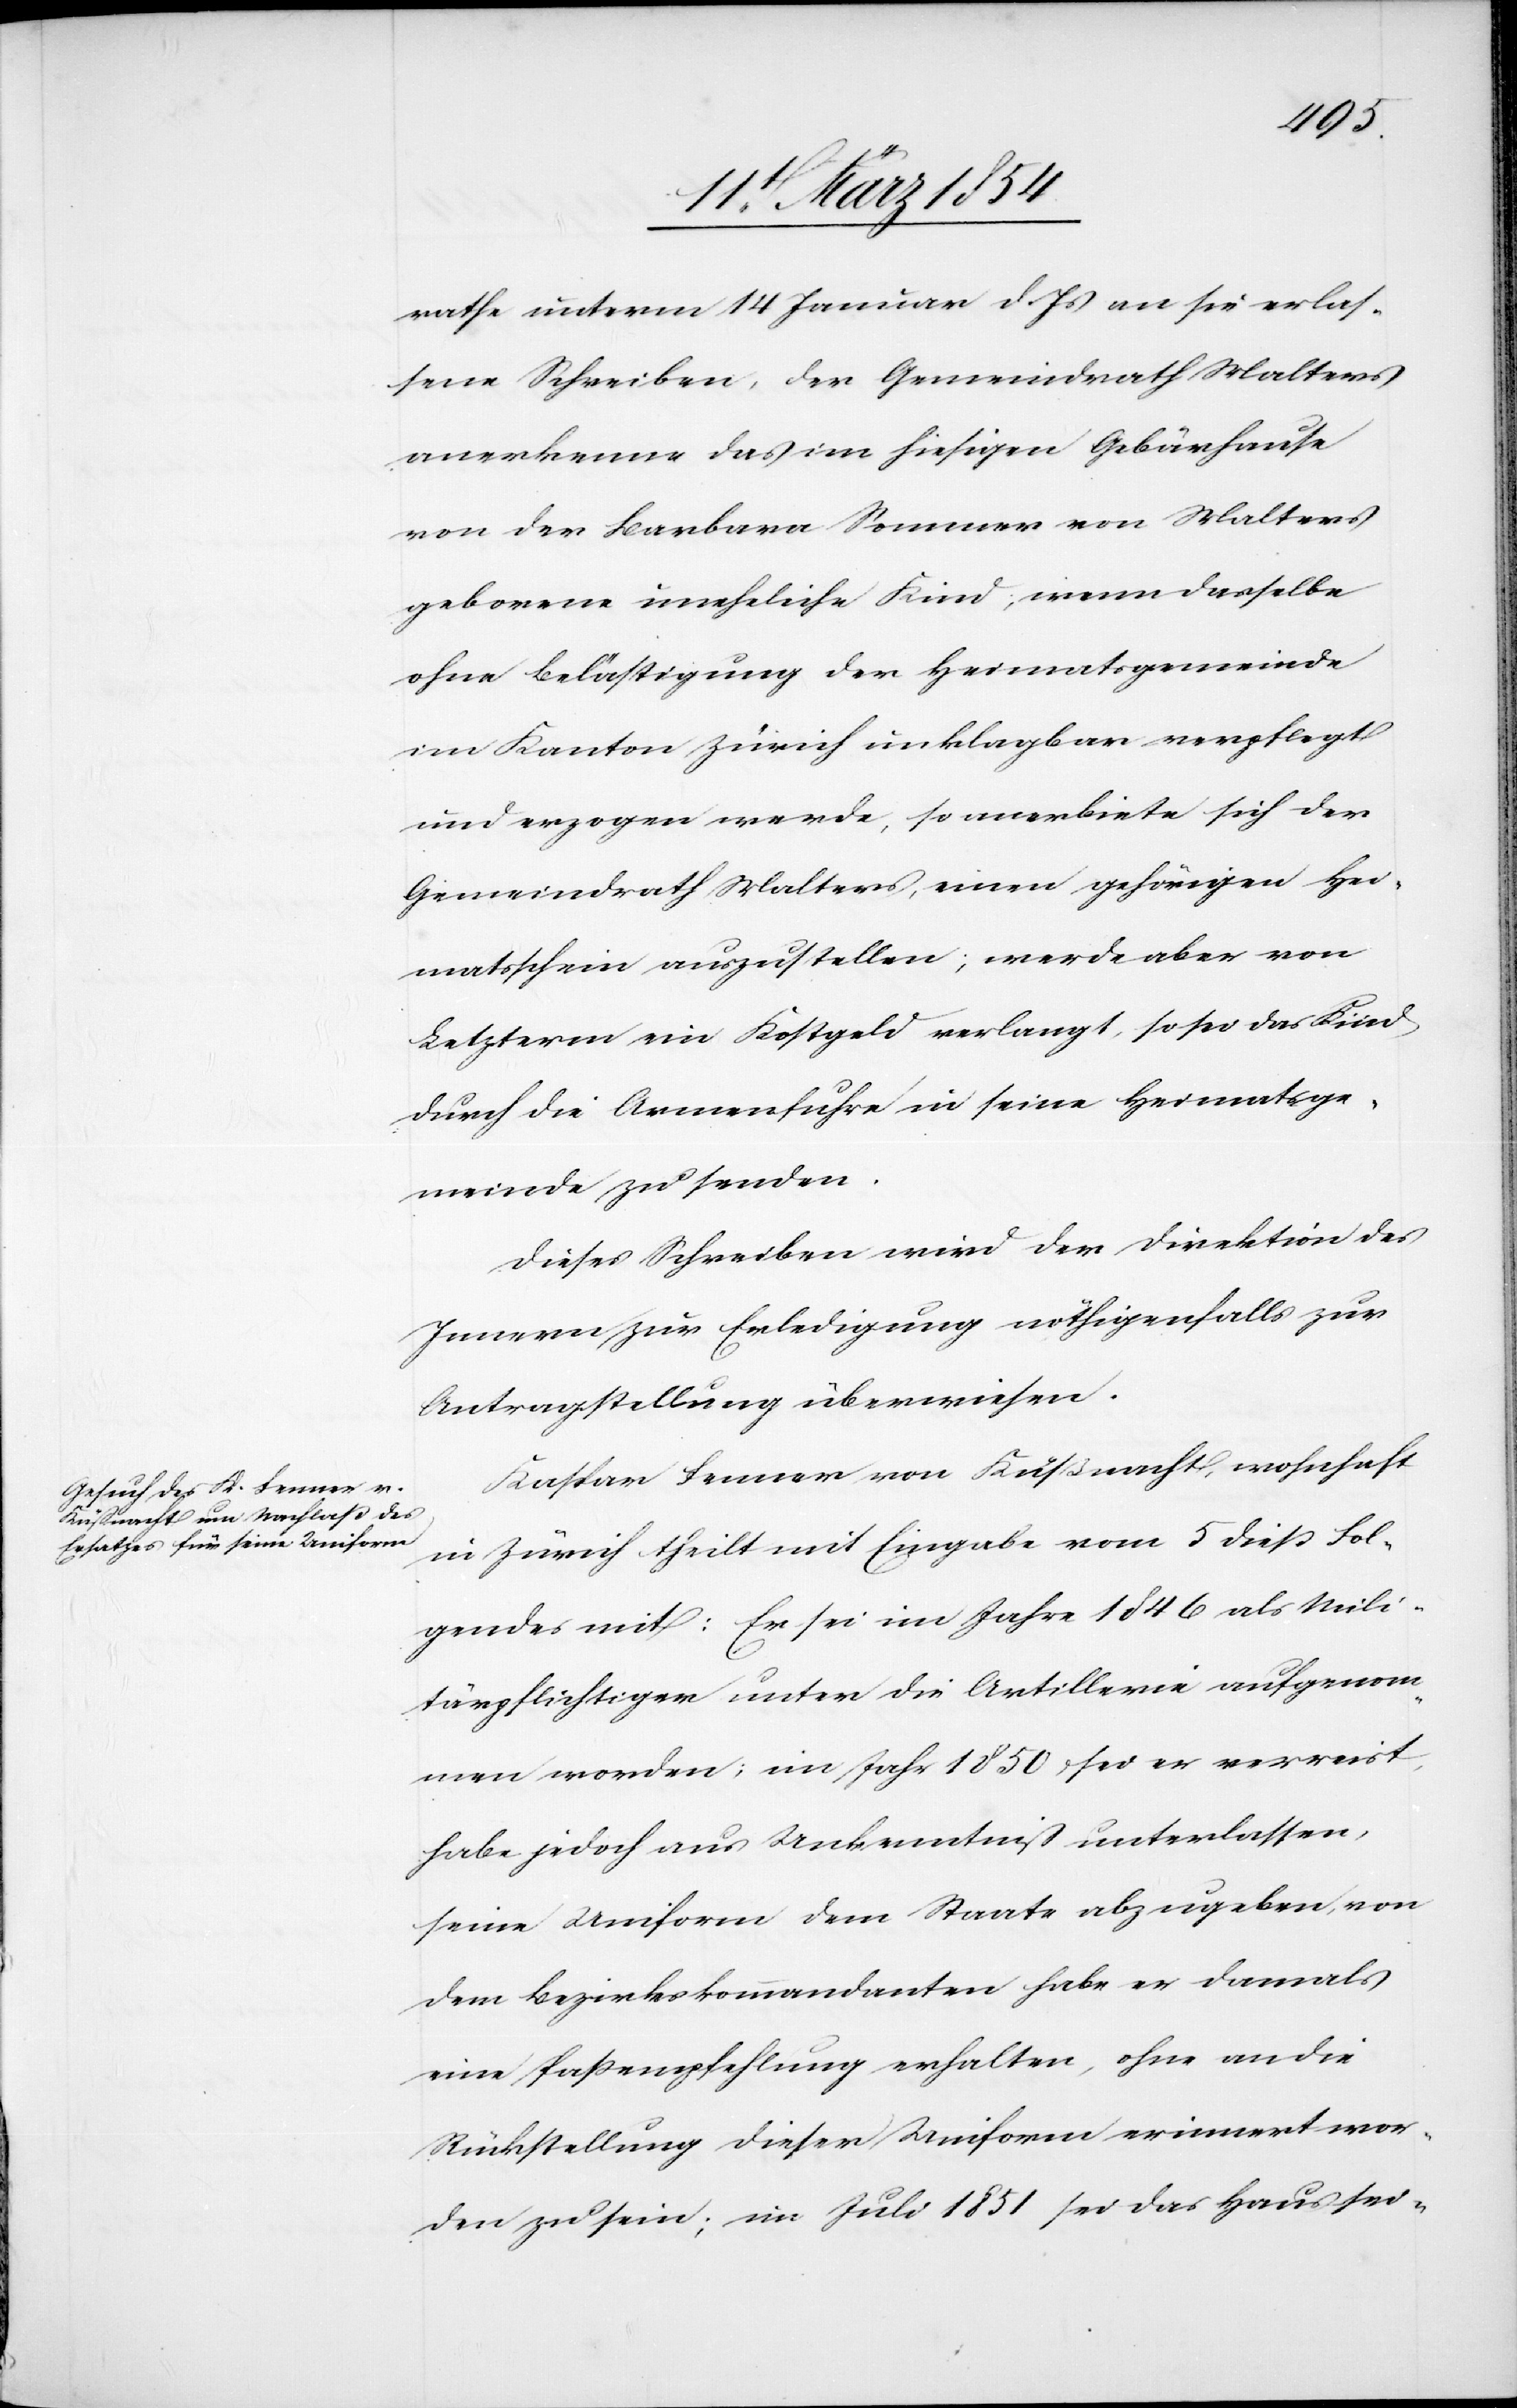
rathe unterm 14 Januar d. Js an sie erlas¬
sene Schreiben, der Gemeindrath Malters
anerkenne das im hiesigen Gebärhause
von der Barbara Sommer von Malters
geborene uneheliche Kind, wenn dasselbe
ohne Belästigung der Heimatsgemeinde
im Kanton Zürich unklagbar verpflegt
und erzogen werde, so anerbiete sich der
Gemeindrath Malters, einen gehörigen Hei¬
matsschein auszustellen; werde aber von
Letzterm ein Kostgeld verlangt, so sei das Kind
durch die Armenfuhre in seine Heimatsge¬
meinde zu senden.
Dieses Schreiben wird der Direktion des
Innern zur Erledigung nöthigenfalls zur
Antragstellung überwiesen.
Kaspar Fenner von Küßnacht, wohnhaft
in Zürich theilt mit Eingabe vom 5 dieß Fol¬
gendes mit: Er sei im Jahre 1846 als Mili¬
tärpflichtiger unter die Artillerie aufgenom¬
men worden; im Jahr 1850 sei er verreist,
habe jedoch aus Unkenntniß unterlassen,
seine Uniform dem Staate abzugeben, von
dem Bezirkskommandanten habe er damals
eine Paßempfehlung erhalten, ohne an die
Rückstellung dieser Uniform erinnert wor¬
den zu sein; im Juli 1851 sei das Haus sei-